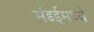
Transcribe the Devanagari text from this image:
मंडईमध्ये